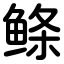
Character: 鲦